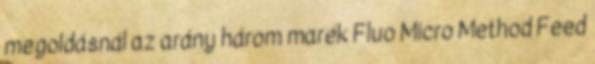
megoldásnál az arány három marék Fluo Micro Method Feed